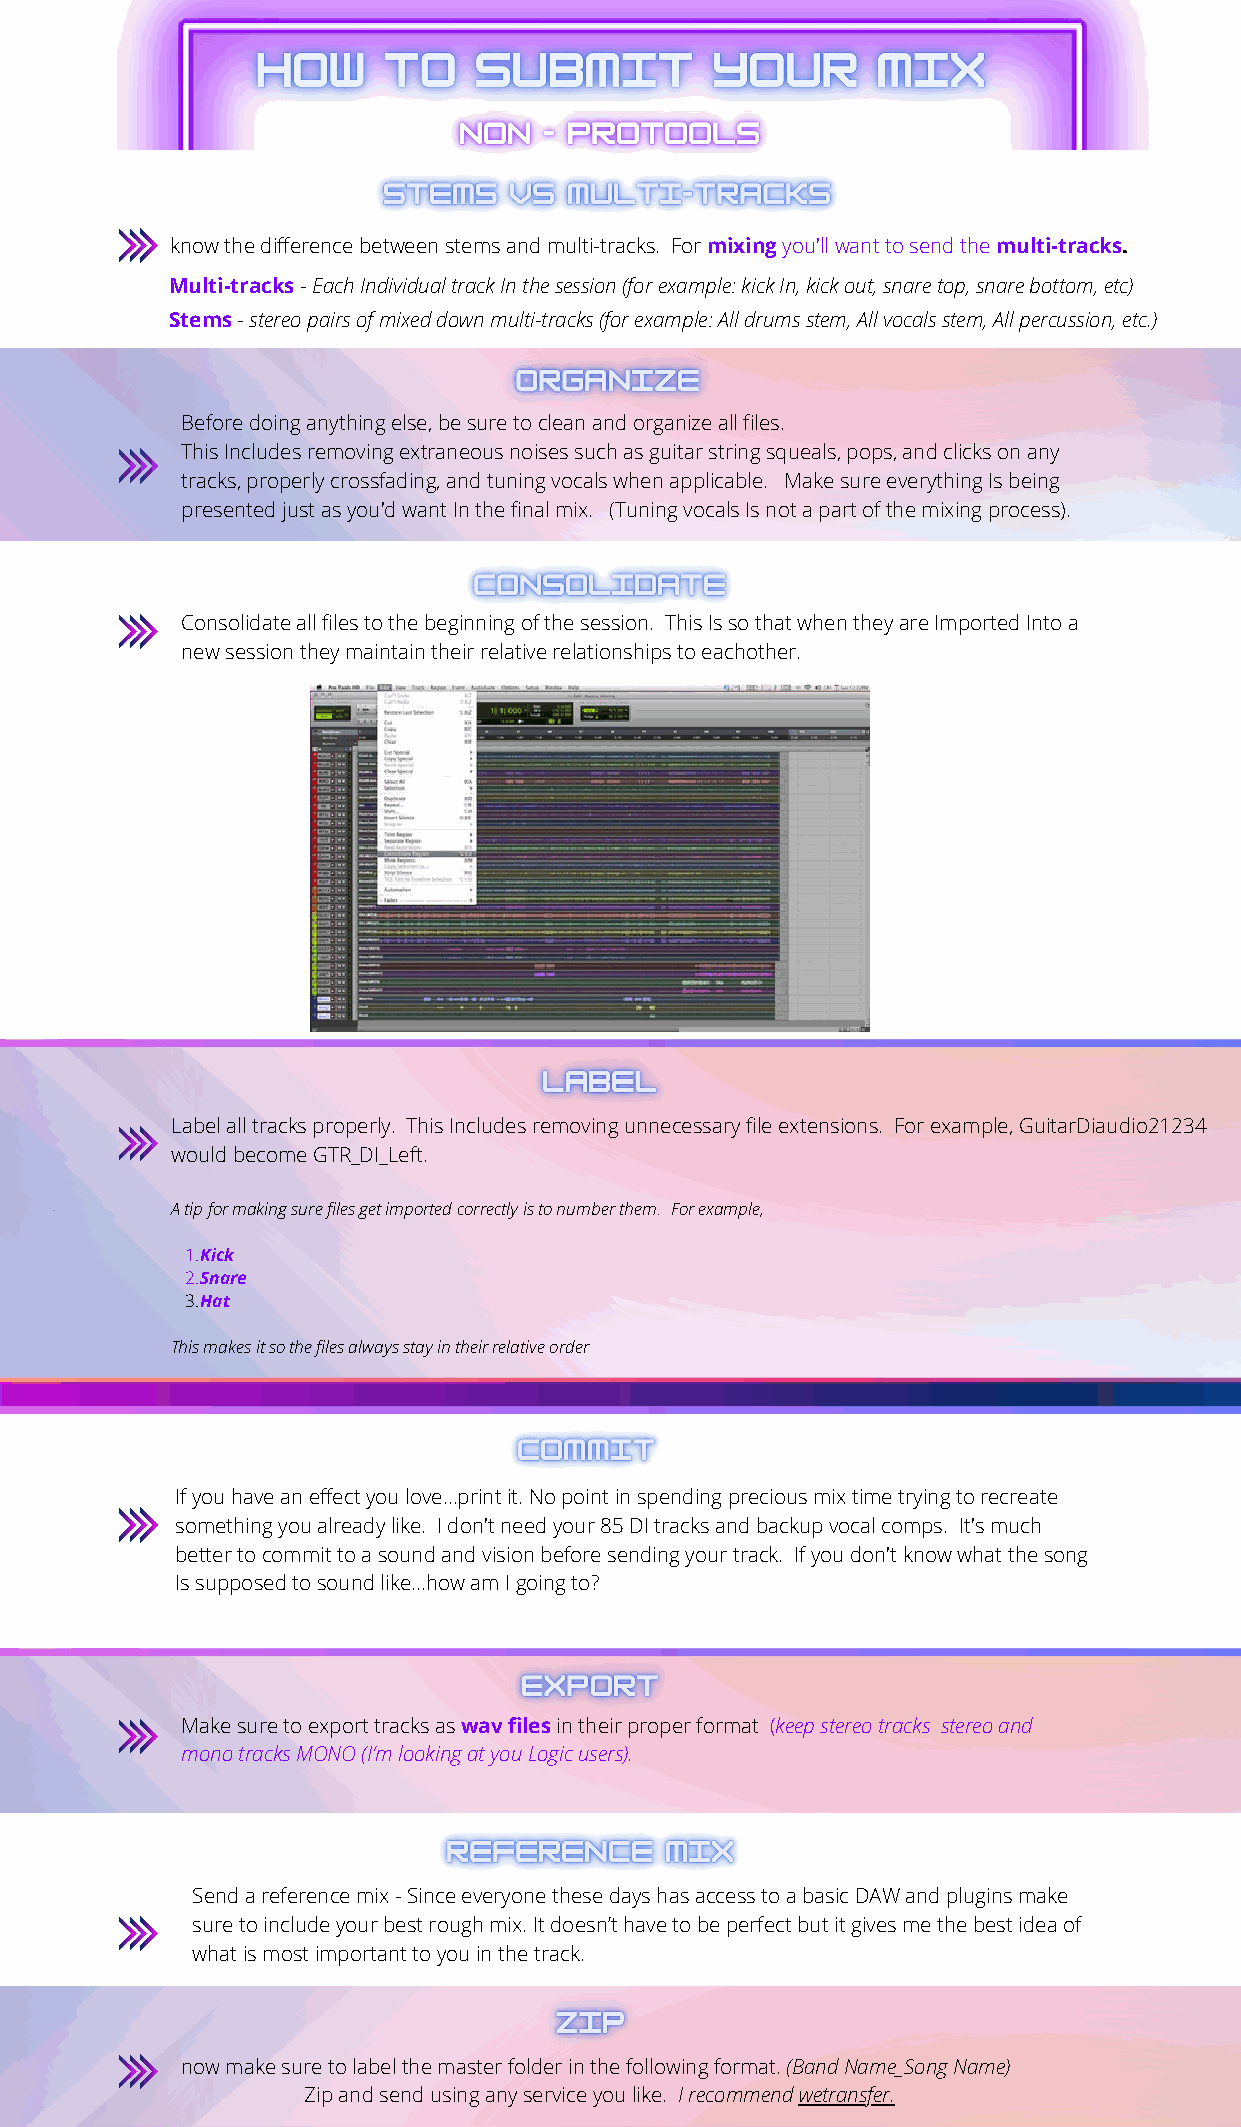
know the difference between stems and multi-tracks. For mixing you'll want to send the multi-tracks.
 Multi-tracks - Each Individual track In the session (for example: kick In, kick out, snare top, snare bottom, etc)
 Stems - stereo pairs of mixed down multi-tracks (for example: All drums stem, All vocals stem, All percussion, etc.)
 Before doing anything else, be sure to clean and organize all files.
 This Includes removing extraneous noises such as guitar string squeals, pops, and clicks on any
 tracks, properly crossfading, and tuning vocals when applicable. Make sure everything Is being
 presented just as you'd want In the final mix. (Tuning vocals Is not a part of the mixing process).
 Consolidate all files to the beginning of the session. This Is so that when they are Imported Into a
 new session they maintain their relative relationships to eachother.
 Label all tracks properly. This Includes removing unnecessary file extensions. For example, GuitarDiaudio21234
 would become GTR_DI_Left.
 A tip for making sure files get imported correctly is to number them. For example,
 1.Kick
 2.Snare
 3.Hat
 This makes it so the files always stay in their relative order
 If you have an effect you love…print it. No point in spending precious mix time trying to recreate
 something you already like. I don't need your 85 DI tracks and backup vocal comps. It's much
 better to commit to a sound and vision before sending your track. If you don't know what the song
 Is supposed to sound like...how am I going to?
 Make sure to export tracks as wav files in their proper format (keep stereo tracks stereo and
 mono tracks MONO (I’m looking at you Logic users).
 Send a reference mix - Since everyone these days has access to a basic DAW and plugins make
 sure to include your best rough mix. It doesn’t have to be perfect but it gives me the best idea of
 what is most important to you in the track.
 now make sure to label the master folder in the following format. (Band Name_Song Name)
 Zip and send using any service you like. I recommend wetransfer.